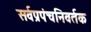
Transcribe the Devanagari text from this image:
सर्वप्रपंचनिवर्तक